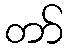
တာ်